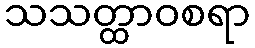
သသတ္ထာဝစရာ